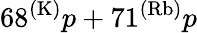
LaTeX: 68^{(\mathrm{K)}}p+71^{(\mathrm{Rb)}}p